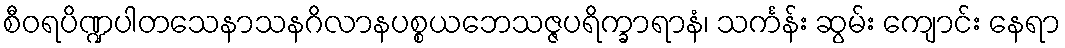
စီဝရပိဏ္ဍပါတသေနာသနဂိလာနပစ္စယဘေသဇ္ဇပရိက္ခာရာနံ၊ သင်္ကန်း ဆွမ်း ကျောင်း နေရာ